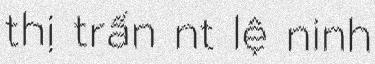
thị trấn nt lệ ninh